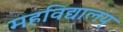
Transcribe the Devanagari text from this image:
महविद्यालय्